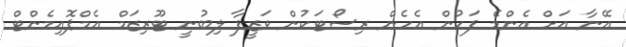
އޭނާ އަށް އެންމެ ފަހުން އެހެން ރިސޯޓަކުން ވަޒީފާ ލިބުނީ ޓޫރިޒަމް އެމްޕޮއިމެންޓް